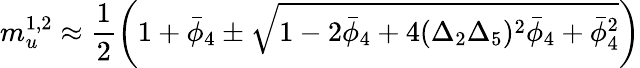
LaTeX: m_{u}^{1,2}\approx\frac{1}{2}\left(1+{\bar{\phi}}_{4}\pm\sqrt{1-2{\bar{\phi}}_{4}+4(\Delta_{2}\Delta_{5})^{2}{\bar{\phi}}_{4}+{\bar{\phi}}_{4}^{2}}\right)